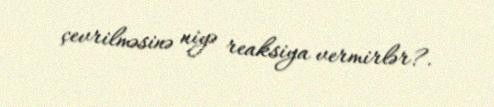
çevrilməsinə niyə reaksiya vermirlər?.